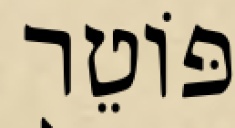
פּוֹטֵר